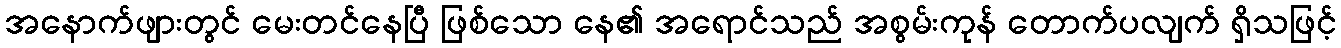
အနောက်ဖျားတွင် မေးတင်နေပြီ ဖြစ်သော နေ၏ အရောင်သည် အစွမ်းကုန် တောက်ပလျက် ရှိသဖြင့်